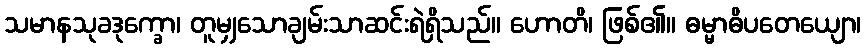
သမာနသုခဒုက္ခော၊ တူမျှသောချမ်းသာဆင်းရဲရှိသည်။ ဟောတိ၊ ဖြစ်၏။ ဓမ္မာဓိပတေယျော၊